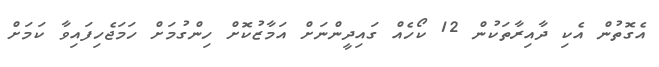
އެގޮތުން އެކި ދާއިރާތަކުން 12 ކޯހެއް ގައިދީންނަށް އަމާޒުކޮށް ހިންގުމަށް ހަމަޖެހިފައިވާ ކަމަށް